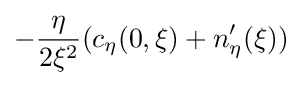
-{\frac {\eta }{2\xi ^{2}}}(c_{\eta }(0,\xi )+n_{\eta }^{\prime }(\xi ))